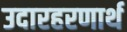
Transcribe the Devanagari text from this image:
उदारहरणार्थ